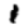
Digit: 1